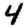
Digit: 4